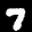
Label: 7